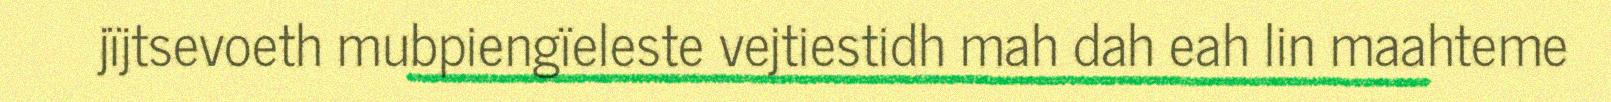
jïjtsevoeth mubpiengïeleste vejtiestidh mah dah eah lin maahteme